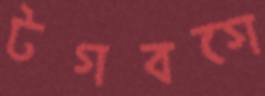
টগবগে